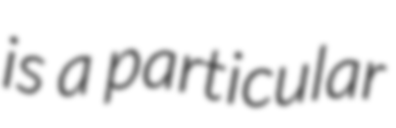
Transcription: is a particular